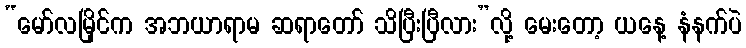
“မော်လမြိုင်က အဘယာရာမ ဆရာတော် သိပြီးပြီလား”လို့ မေးတော့ ယနေ့ နံနက်ပဲ